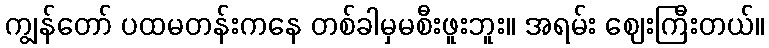
ကျွန်တော် ပထမတန်းကနေ တစ်ခါမှမစီးဖူးဘူး။ အရမ်း ဈေးကြီးတယ်။